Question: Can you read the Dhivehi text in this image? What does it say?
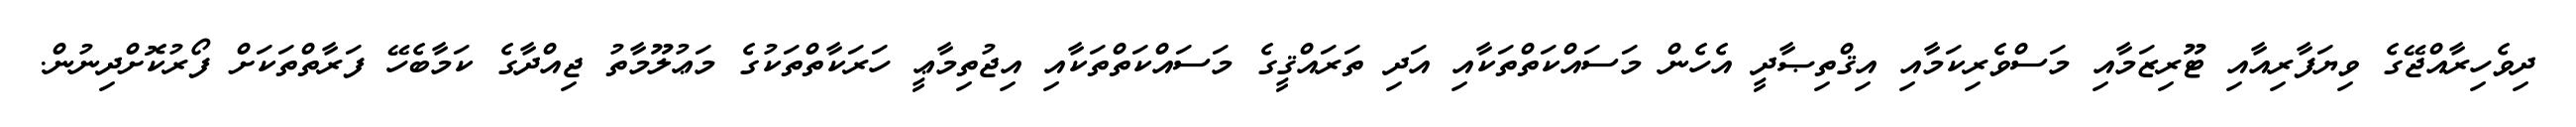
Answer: ދިވެހިރާއްޖޭގެ ވިޔަފާރިއާއި ޓޫރިޒަމާއި މަސްވެރިކަމާއި އިޤްތިޞާދީ އެހެން މަސައްކަތްތަކާއި އަދި ތަރައްޤީގެ މަސައްކަތްތަކާއި އިޖުތިމާޢީ ހަރަކާތްތަކުގެ މަޢުލޫމާތު ޖިއްދާގެ ކަމާބެހޭ ފަރާތްތަކަށް ފޯރުކޮށްދިނުން.